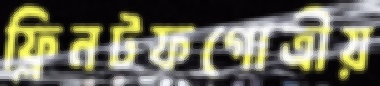
ফ্লিনটফগোত্রীয়